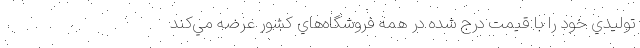
توليدي خود را با قيمت‌ درج شده در همه فروشگاه‌هاي كشور عرضه مي‌كند